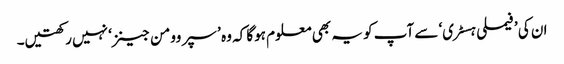
ان کی ’فیملی ہسٹری‘ سے آپ کو یہ بھی معلوم ہوگا کہ وہ ’ سپر وومن جینز‘ نہیں رکھتیں۔